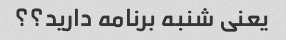
یعنی شنبه برنامه دارید؟؟